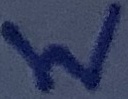
Text: W